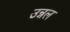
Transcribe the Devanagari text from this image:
उन्नल